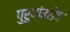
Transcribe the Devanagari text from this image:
पुरुषांकडेच